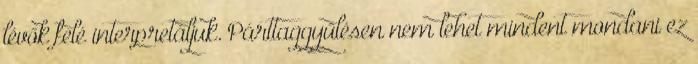
lévők felé interpretáljuk. Párttaggyűlésen nem lehet mindent mondani ez